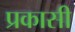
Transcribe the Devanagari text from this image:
प्रकासी